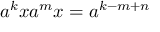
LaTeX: a ^ { k } x a ^ { m } x = a ^ { k - m + n }